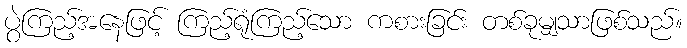
ပွဲကြည့်အနေဖြင့် ကြည့်ရုံကြည့်သော ကစားခြင်း တစ်ခုမျှသာဖြစ်သည်။